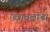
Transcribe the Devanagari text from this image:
छत्रावलीचा